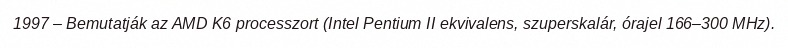
1997 – Bemutatják az AMD K6 processzort (Intel Pentium II ekvivalens, szuperskalár, órajel 166–300 MHz).